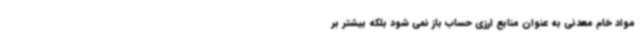
مواد خام معدنی به عنوان منابع ارزی حساب باز نمی شود بلکه بیشتر بر